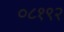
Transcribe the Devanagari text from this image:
०८१९२